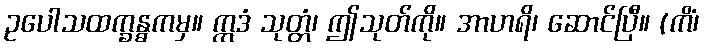
ဥပေါသထက္ခန္ဓကမှ။ ဣဒံ သုတ္တံ၊ ဤသုတ်ကို။ အာဟရိ၊ ဆောင်ပြီ။ (ကိံ၊